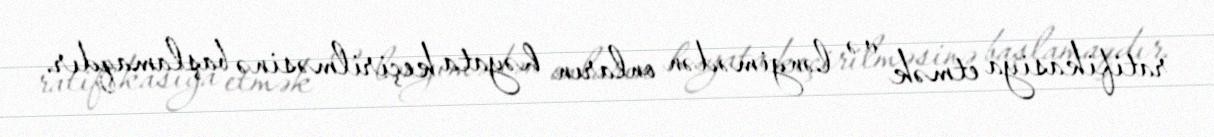
ratifikasiya etmək və ləngimədən onların həyata keçirilməsinə başlamaqdır.